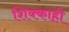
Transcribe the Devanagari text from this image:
शिक्काही